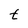
Character: t